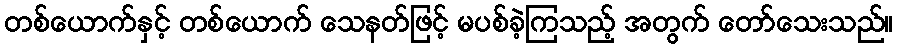
တစ်ယောက်နှင့် တစ်ယောက် သေနတ်ဖြင့် မပစ်ခဲ့ကြသည့် အတွက် တော်သေးသည်။